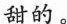
甜的。